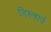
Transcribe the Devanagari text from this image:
तिरुवार्प